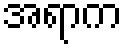
အရာက